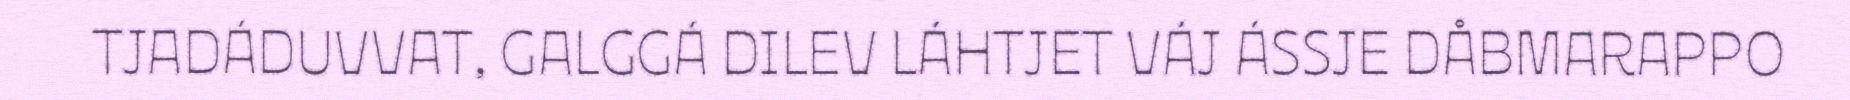
TJADÁDUVVAT, GALGGÁ DILEV LÁHTJET VÁJ ÁSSJE DÅBMARAPPO